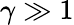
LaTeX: \gamma\gg 1